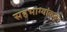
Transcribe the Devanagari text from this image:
सहभाग्यांकडून